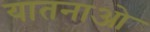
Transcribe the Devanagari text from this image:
यातनाओ